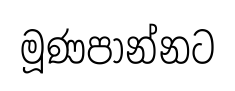
මූණපාන්නට